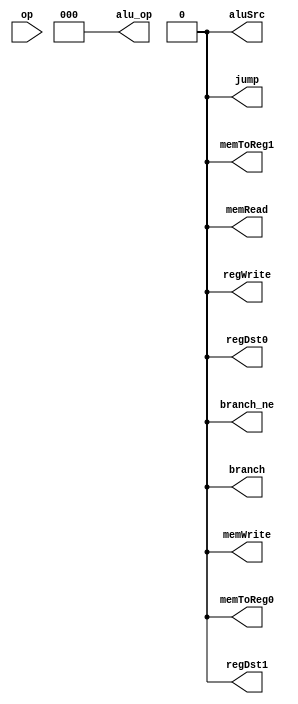
module control (
    input [5:0] op,
    output [2:0] alu_op,
    output regDst0, regDst1, aluSrc, memToReg0, memToReg1, regWrite,
    output memRead, memWrite, branch, branch_ne, jump
  );

  reg addi, andi, lw, sw, ori, beq, bne, j, jal, slti, r_format, x_found;

  always @(*) begin
    
    addi     <= 1'b0;
    lw       <= 1'b0;
    sw       <= 1'b0;
    ori      <= 1'b0;
    beq      <= 1'b0;
    bne      <= 1'b0;
    j        <= 1'b0;
    jal      <= 1'b0;
    andi     <= 1'b0;
    ori      <= 1'b0;
    r_format <= 1'b0;
    x_found  <= 1'b0;
    case (op)
      6'dx      : x_found  <= 1'b1;
      6'b001000 : addi     <= 1'b1; 
      6'b100011 : lw       <= 1'b1; 
      6'b101011 : sw       <= 1'b1; 
      6'b000100 : beq      <= 1'b1; 
      6'b000101 : bne      <= 1'b1; 
      6'b000010 : j        <= 1'b1; 
      6'b000011 : jal      <= 1'b1; 
      6'b001010 : slti     <= 1'b1; 
      6'b000000 : r_format <= 1'b1;
      6'b001100 : andi     <= 1'b1;
      6'b001101 : ori      <= 1'b1;
      6'b001000 : andi      <= 1'b1;
    endcase
  end

  assign regDst0 = r_format & (~x_found);
  assign regDst1 = jal & (~x_found);
  assign aluSrc = (lw | sw | andi | ori | addi) & (~x_found);
  assign memToReg0 = lw & (~x_found);
  assign memToReg1 = jal & (~x_found);
  assign regWrite = (r_format | lw | andi | ori | addi | jal) & (~x_found);
  assign memRead = lw & (~x_found);
  assign memWrite = sw & (~x_found); 
  assign branch = (beq) & (~x_found);
  assign branch_ne = (bne) & (~x_found);
  assign jump = (j | jal) & (~x_found);
  assign alu_op[0] = (beq | bne | andi) & (~x_found);
  assign alu_op[1] = (r_format | andi) & (~x_found);
  assign alu_op[2] = ori & (~x_found);
  
endmodule